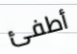
أطفئ